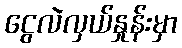
ငွေလဲလှယ်နှုန်းမှာ